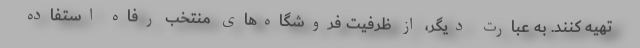
تهیه کنند. به عبارت دیگر، از ظرفیت فروشگاه‌‌های منتخب رفاه استفاده